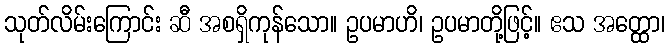
သုတ်လိမ်းကြောင်း ဆီ အစရှိကုန်သော။ ဥပမာဟိ၊ ဥပမာတို့ဖြင့်။ ဧသ အတ္ထော၊